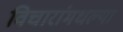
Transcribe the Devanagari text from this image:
विचारांमधल्या